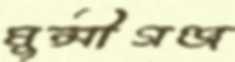
মুন্সীগঞ্জ